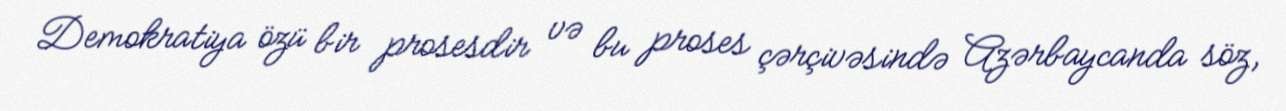
Demokratiya özü bir prosesdir və bu proses çərçivəsində Azərbaycanda söz,